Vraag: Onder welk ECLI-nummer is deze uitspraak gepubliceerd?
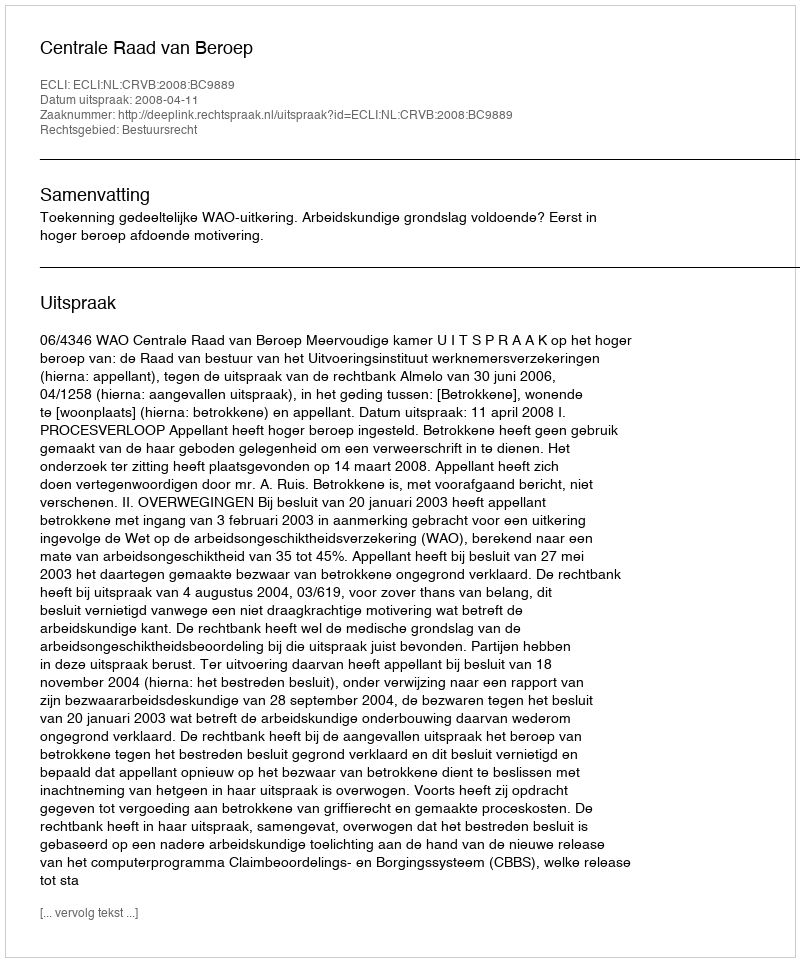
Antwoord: ECLI:NL:CRVB:2008:BC9889